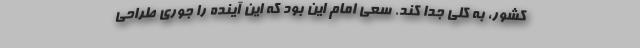
کشور، به کلی جدا کند. سعی امام این بود که این آینده را جوری طراحی